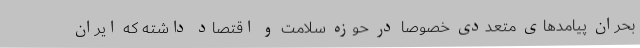
بحران پیامدهای متعددی خصوصا در حوزه سلامت و اقتصاد داشته که ایران